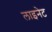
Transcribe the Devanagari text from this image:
लाइनेट